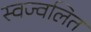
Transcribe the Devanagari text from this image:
स्वज्वलित